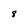
Character: 8